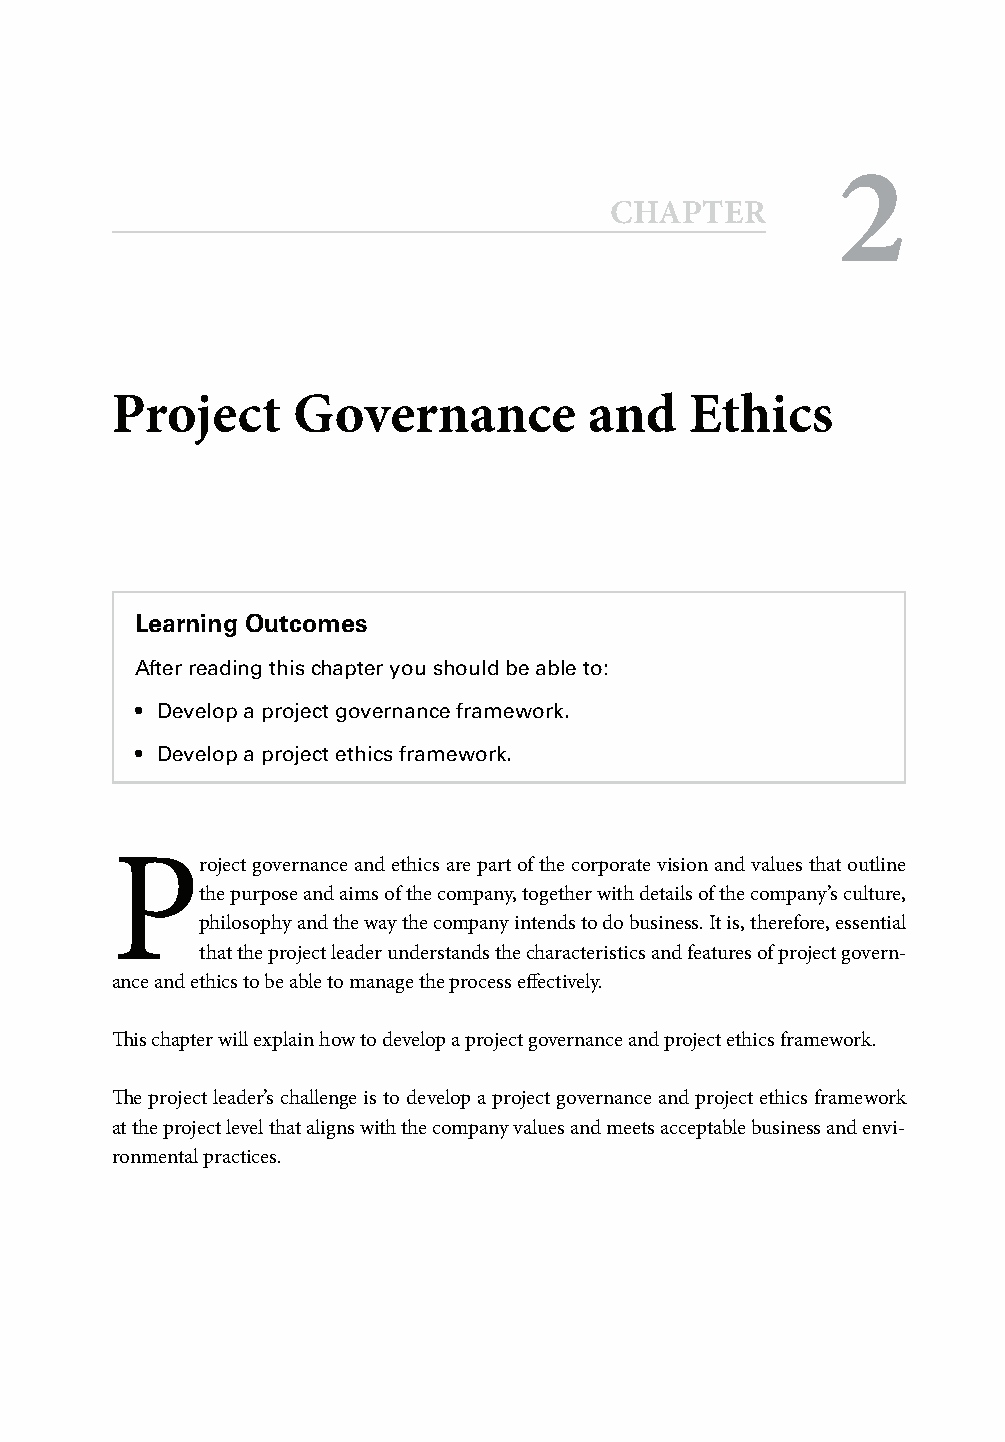
2
 CCHHAAPPTTEERR
 Project     Governance          and    Ethics
 Learning Outcomes
 After reading this chapter you should be able to:
 • Develop a project governance framework.
 • Develop a project ethics framework.
 P
 roject governance and ethics are part of the corporate vision and values that outline
 the purpose and aims of the company, together with details of the company’s culture,
 philosophy and the way the company intends to do business. It is, therefore, essential
 that the project leader understands the characteristics and features of project govern-
 ance and ethics to be able to manage the process eff ectively.
 Th is chapter will explain how to develop a project governance and project ethics framework.
 Th e project leader’s challenge is to develop a project governance and project ethics framework
 at the project level that aligns with the company values and meets acceptable business and envi-
 ronmental practices.